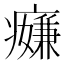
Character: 𱱪